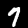
Label: 7